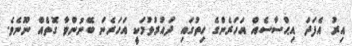
އިރު އެފަދަ އިޙްސާސެއް އަހަރެންގެ ހިތުގައި ދައުރުވުމަކީ އަހަރެން ބޭނުންވާ ގޮތެއް ނޫނެވެ.